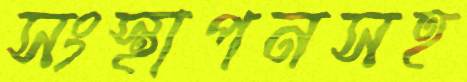
সংস্থাপনসহ